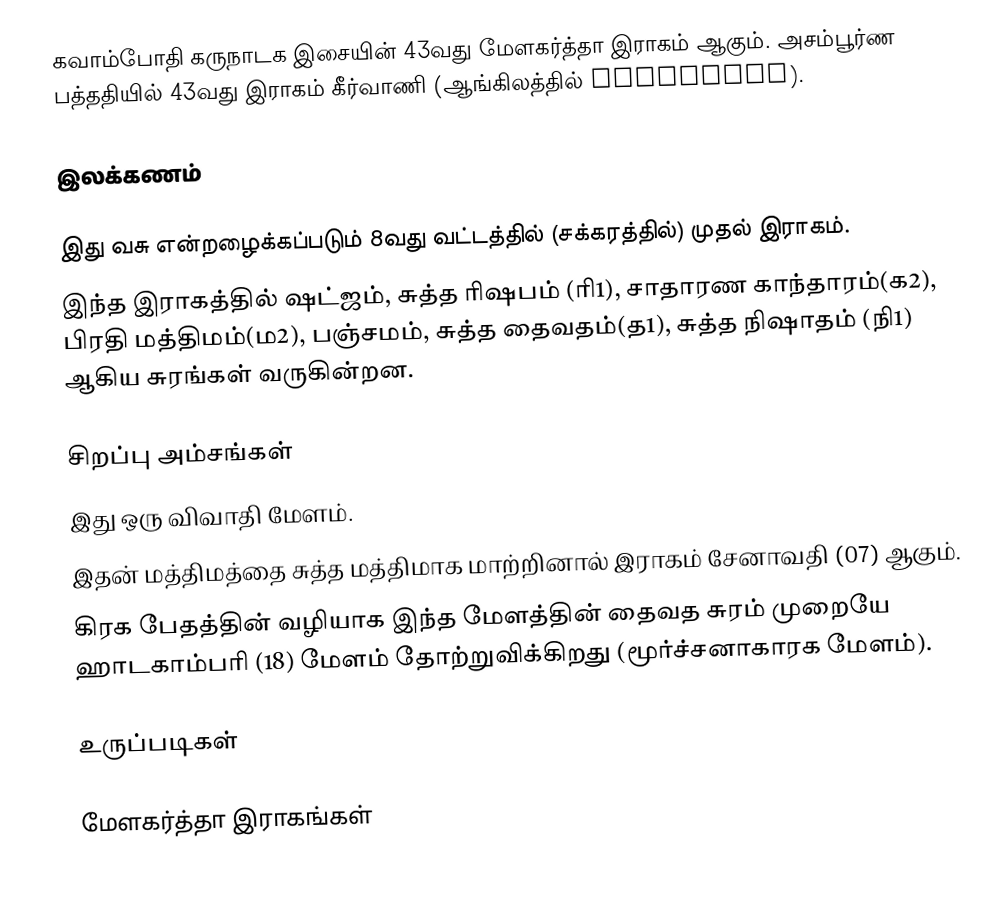
கவாம்போதி கருநாடக இசையின் 43வது மேளகர்த்தா இராகம் ஆகும். அசம்பூர்ண பத்ததியில் 43வது இராகம் கீர்வாணி (ஆங்கிலத்தில் Geervaani).

இலக்கணம்

 இது வசு என்றழைக்கப்படும் 8வது வட்டத்தில் (சக்கரத்தில்) முதல் இராகம்.
 இந்த இராகத்தில் ஷட்ஜம், சுத்த ரிஷபம் (ரி1), சாதாரண காந்தாரம்(க2), பிரதி மத்திமம்(ம2), பஞ்சமம், சுத்த தைவதம்(த1), சுத்த நிஷாதம் (நி1) ஆகிய சுரங்கள் வருகின்றன.

சிறப்பு அம்சங்கள்
 இது ஒரு விவாதி மேளம்.
 இதன் மத்திமத்தை சுத்த மத்திமாக மாற்றினால் இராகம் சேனாவதி (07) ஆகும்.
 கிரக பேதத்தின் வழியாக இந்த மேளத்தின் தைவத சுரம் முறையே ஹாடகாம்பரி (18) மேளம் தோற்றுவிக்கிறது (மூர்ச்சனாகாரக மேளம்).

உருப்படிகள்

மேளகர்த்தா இராகங்கள்